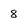
Character: 8